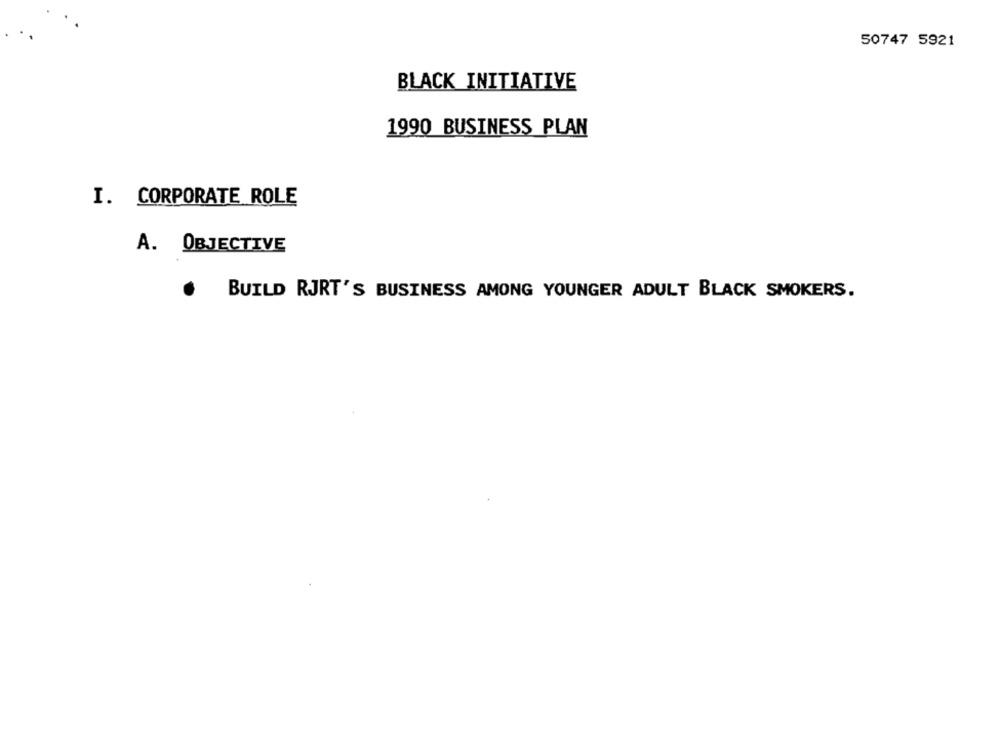
50747 5921
BLACK INITIATIVE
1990 BUSINESS PLAN
I. CORPORATE ROLE
A. OBJECTIVE
BUILD RJRT'S BUSINESS AMONG YOUNGER ADULT BLACK SMOKERS.